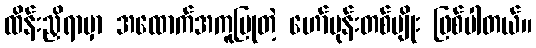
ထိန်းညှိရာမှာ အထောက်အကူပြုတဲ့ ဟော်မုန်းတစ်မျိုး ဖြစ်ပါတယ်။